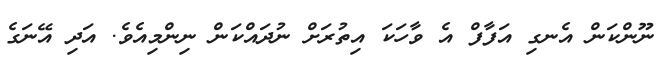
ނޫންކަން އެނގި އަފާފް އެ ވާހަކަ އިތުރަށް ނުދައްކަން ނިންމިއެވެ. އަދި އޭނަގެ